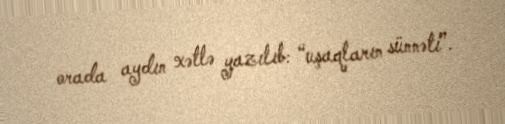
orada aydın xətlə yazılıb: “uşaqların sünnəti”.